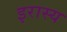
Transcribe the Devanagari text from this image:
इरास्य